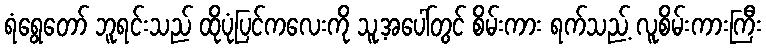
ရံရွေတော် ဘူရင်းသည် ထိုပုံပြင်ကလေးကို သူ့အပေါ်တွင် စိမ်းကား ရက်သည့် လူစိမ်းကားကြီး